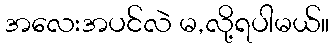
အလေးအပင်လဲ မ,လို့ရပါမယ်။